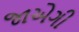
જાએગી